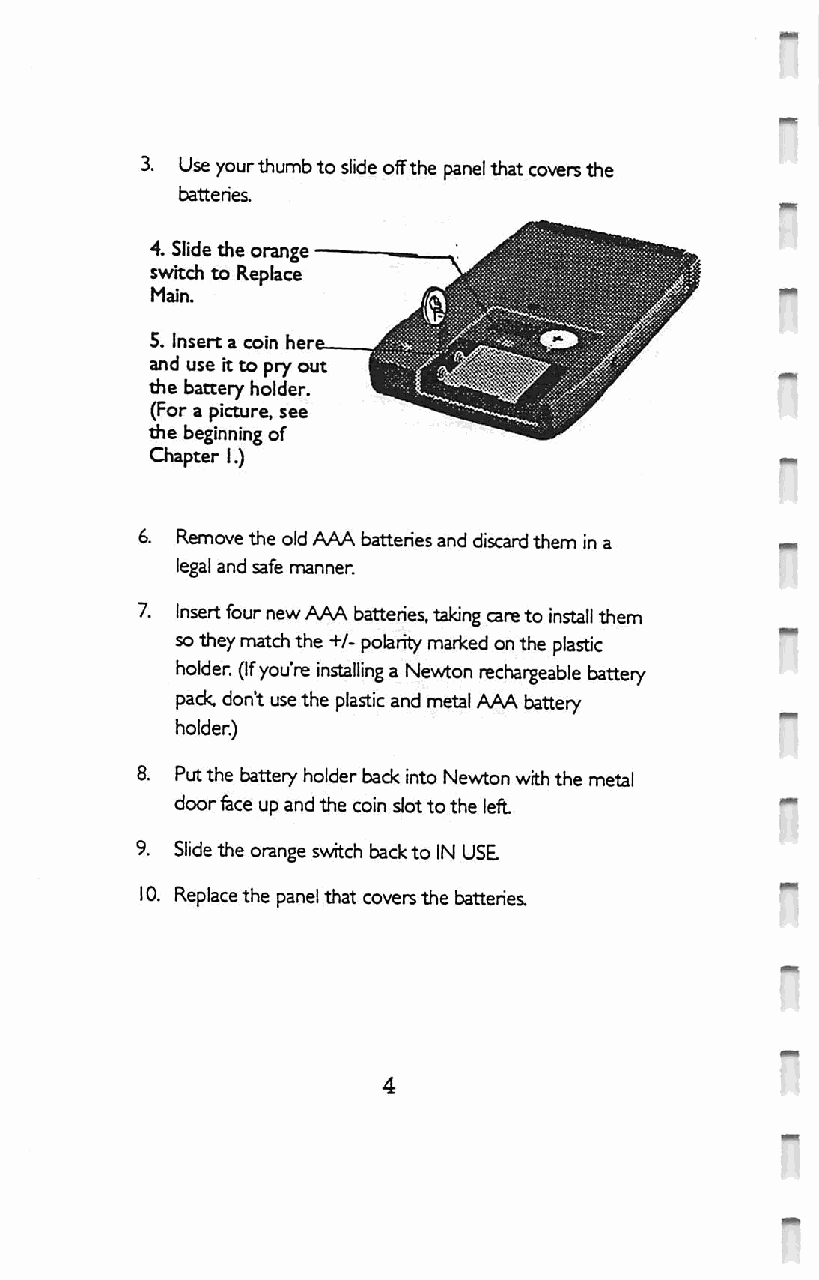
3. Use your thumb to slide off the panel that covers the
 batteries.
 4. Slide the orange —
 switch to Replace
 Main.
 5. Insert a coin here
 and use It to pry out
 the battery holder.
 (For a picture, see
 the beginning of
 Chapter 1.)
 6. Remove the old AAA batteries and discard them in a
 legal and safe manner
 7. Insert four new AAA batteries, taking care to install them
 so they match the +/- polarity marked on the plastic
 holder, (if you're installing a Newton rechargeable battery
 pack, don't use the plastic and metal AAA battery
 holder.)
 8. Pirt the battery holder back into Newton with the metal
 door fece up and the coin slot to the left
 9. Slide the orange switch back to IN USE
 10. Replace the panel that covers the batteries.
 4